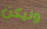
وليكن